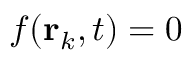
f ( \mathbf { r } _ { k } , t ) = 0